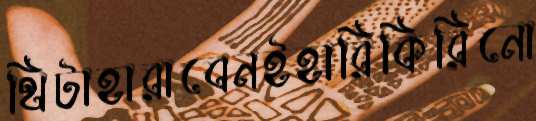
থিটাহারাবেনইহারিকিরিনো